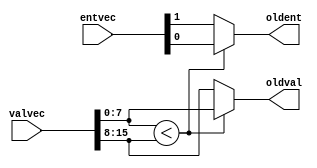
module oldest_finder2 #(
			parameter ENTLEN = 1,
			parameter VALLEN = 8
			)
  (
   input wire [2*ENTLEN-1:0] entvec,
   input wire [2*VALLEN-1:0] valvec,
   output wire [ENTLEN-1:0]  oldent,
   output wire [VALLEN-1:0]  oldval
   );
   //VALLEN = RRF_SEL+sortbit+~rdy
   
   wire [ENTLEN-1:0] 	     ent1 = entvec[0+:ENTLEN];
   wire [ENTLEN-1:0] 	     ent2 = entvec[ENTLEN+:ENTLEN];
   wire [VALLEN-1:0] 	     val1 = valvec[0+:VALLEN];
   wire [VALLEN-1:0] 	     val2 = valvec[VALLEN+:VALLEN];

   assign oldent = (val1 < val2) ? ent1 : ent2;
   assign oldval = (val1 < val2) ? val1 : val2;

endmodule